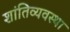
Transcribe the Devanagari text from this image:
शांतिव्यवस्था